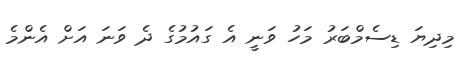
މިދިޔަ ޑިސެމްބަރު މަހު ވަނީ އެ ގައުމުގެ ދެ ވަނަ އަށް އެންމެ